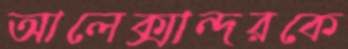
আলেক্সান্দরকে